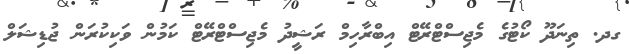
ގދ. ތިނަދޫ ކޯޓުގެ މެޖިސްޓްރޭޓް އިބްރާހިމް ރަޝީދު މެޖިސްޓްރޭޓް ކަމުން ވަކިކުރަން ޖުޑިޝަލް